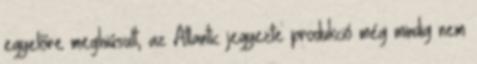
egyelőre meghiúsult, az Atlantic jegyezte produkció még mindig nem